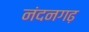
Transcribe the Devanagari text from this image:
नंदनगढ़